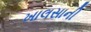
ખાલસાની